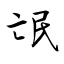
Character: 氓